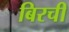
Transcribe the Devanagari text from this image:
बिरची